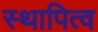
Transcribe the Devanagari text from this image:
स्थापित्व